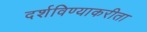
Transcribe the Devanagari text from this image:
दर्शविण्याकरीता